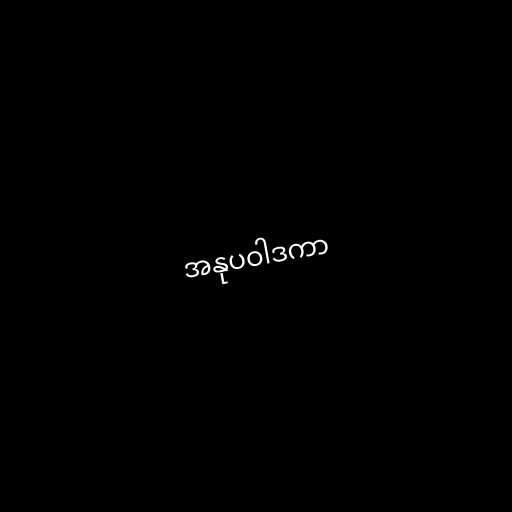
အနုပဝါဒကာ